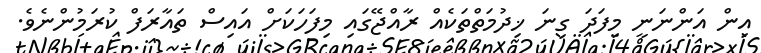
އިން އަންނަނީ މިފަދަ ގިނަ ޚިދުމަތްތަކެއް ރާއްޖޭގައި މިފަހަކަށް އައިސް ތައާރަފް ކުރަމުންނެވެ.